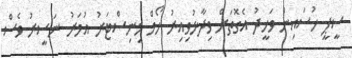
ސީޕީ ހުސައިން ވަހީދު އެގޮތަށް ވިދާޅުވިއިރު ހޯމް މިނިސްޓަރު އުމަރު ނަސީރު ވެސް